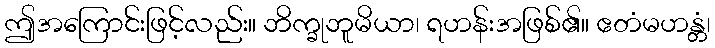
ဤအကြောင်းဖြင့်လည်း။ ဘိက္ခုဘူမိယာ၊ ရဟန်းအဖြစ်၏။ ဧတံမဟန္တံ၊